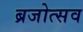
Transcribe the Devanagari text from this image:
ब्रजोत्सव